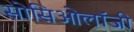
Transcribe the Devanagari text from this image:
सोसिओलॉजी